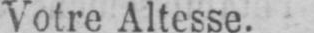
Votre Altesse.